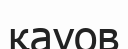
қауов